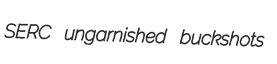
SERC ungarnished buckshots